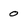
Character: 0